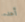
أهدء